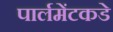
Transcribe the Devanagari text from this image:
पार्लमेंटकडे